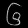
Digit: ၆